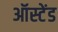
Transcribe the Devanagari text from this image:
ऑस्टेंड